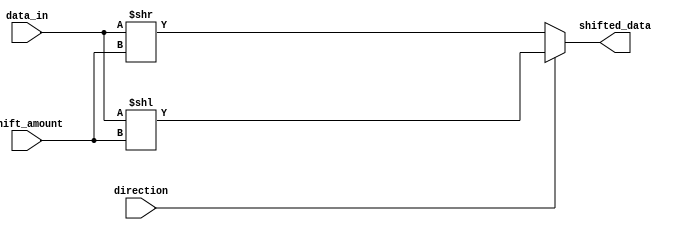
module barrel_shifter (
    input [7:0] data_in,
    input [2:0] shift_amount,
    input direction,
    output [7:0] shifted_data
);

reg [7:0] temp_data;

always @(*)
begin
    if(direction)
        temp_data = data_in << shift_amount;
    else
        temp_data = data_in >> shift_amount;
end

assign shifted_data = temp_data;

endmodule